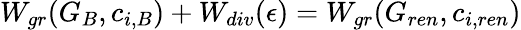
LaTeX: W_{gr}(G_{B},c_{i,B})+W_{div}(\epsilon)=W_{gr}(G_{ren},c_{i,ren})